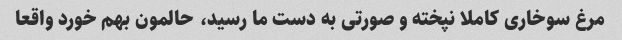
مرغ سوخاری کاملا نپخته و صورتی به دست ما رسید، حالمون بهم خورد واقعا